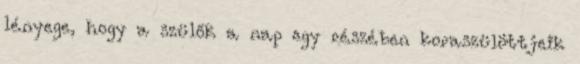
lényege, hogy a szülők a nap egy részében koraszülöttjeik